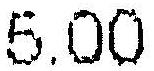
5.00